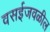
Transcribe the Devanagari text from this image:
वसईजवळील